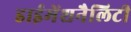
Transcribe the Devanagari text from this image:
डाईमेंशनैलिटी